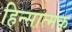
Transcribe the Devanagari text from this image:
हिन्सात्मक